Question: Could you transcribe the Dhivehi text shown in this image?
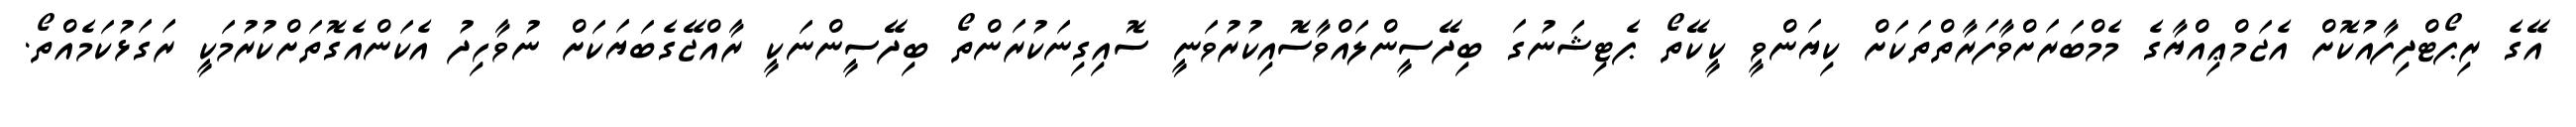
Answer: އޭގެ ރިޕޯޓްދިފާއުކޮށް އެޖަމްޢިއްޔާގެ މެމްބަރަށްވާފަރާތްތަކަށް ކިޔަންވީ ކީކޭތޯ ޕެޓިޝަނުގަ ބިދޭސީންލައްވާސޮއިކުރުވަނީ ސޮއިގިނަކުރަންތޯ ބިދޭސީންނަކީ ރާއްޖޭގެބަޔަކަށް ނުވާހިދު އެކަންއެގޮތަށްކުރުމަކީ ރަގަޅުކަމެއްތޯ.